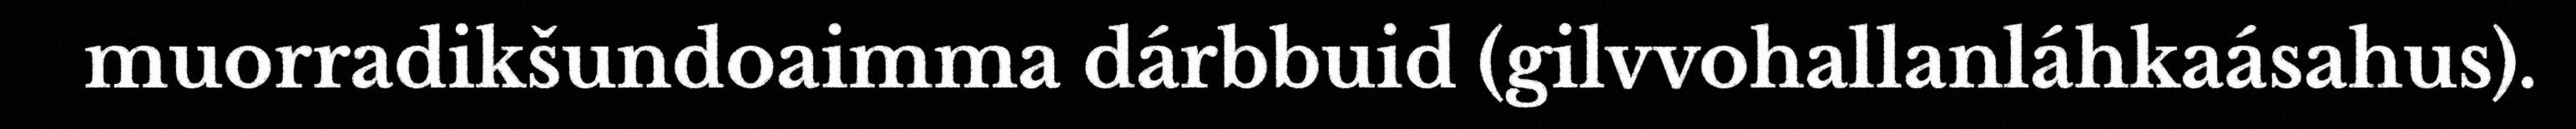
muorradikšundoaimma dárbbuid (gilvvohallanláhkaásahus).